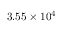
3 . 5 5 \times 1 0 ^ { 4 }